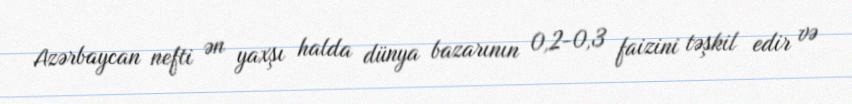
Azərbaycan nefti ən yaxşı halda dünya bazarının 0,2-0,3 faizini təşkil edir və